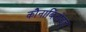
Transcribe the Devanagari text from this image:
कौनाबिनोइड